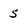
Character: 5